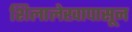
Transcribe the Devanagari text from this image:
शिलालेखापासून